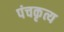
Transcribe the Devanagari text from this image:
पंचकृत्य